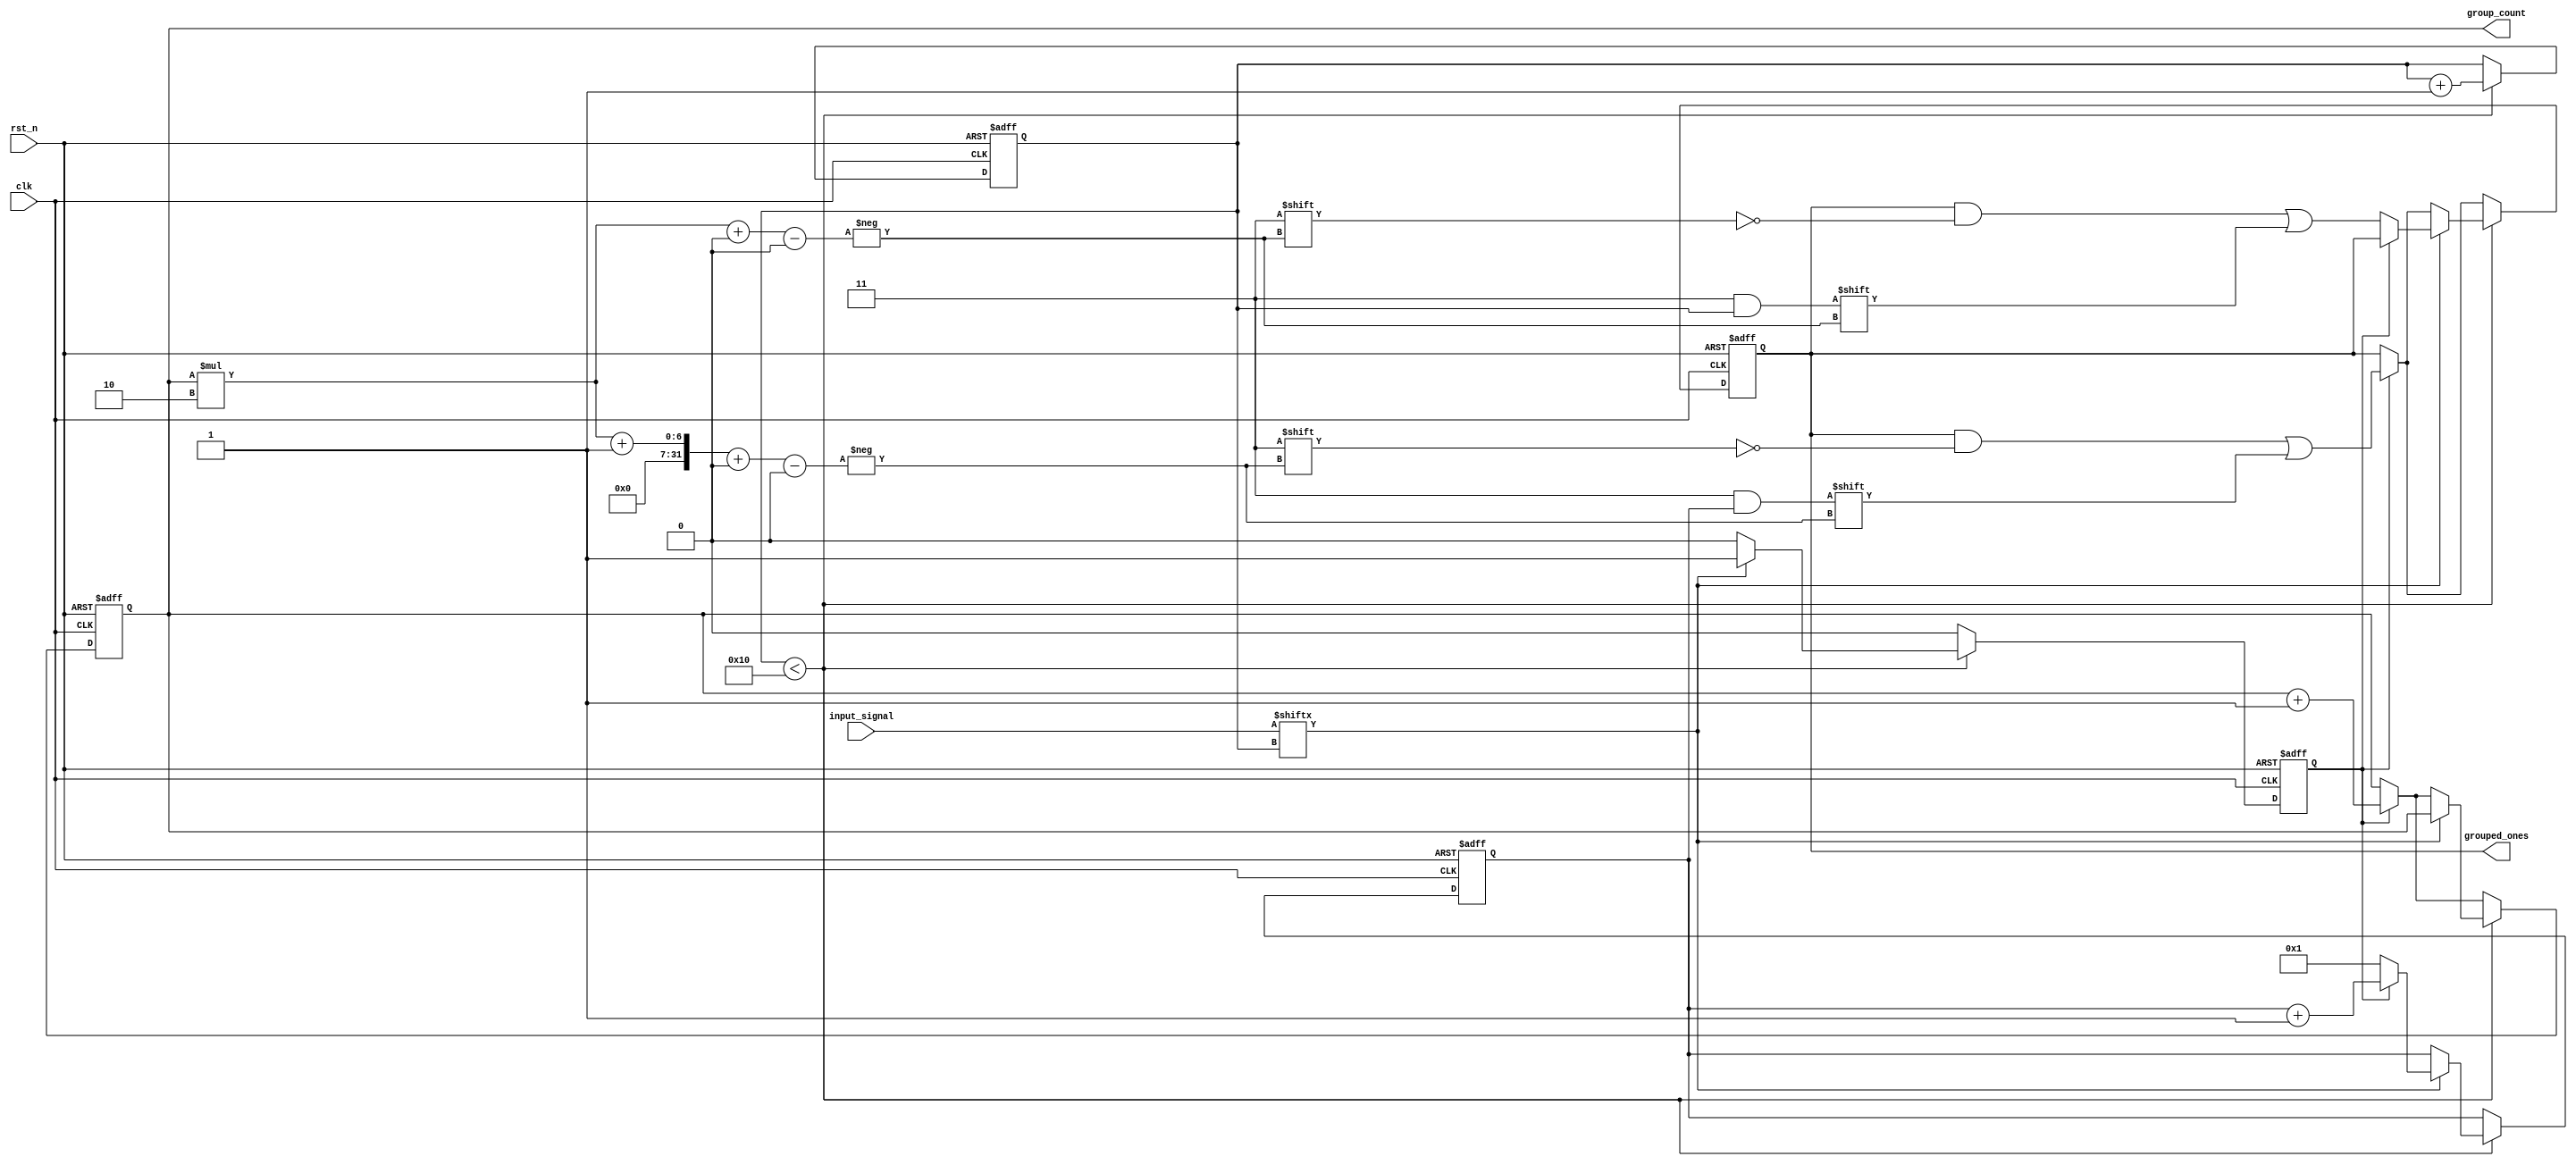
module grouping_of_ones #(
    parameter N = 16,          // Length of input signal
    parameter MAX_GROUPS = 8   // Maximum number of groups to output
)(
    input wire clk,            // Clock signal
    input wire rst_n,          // Active low reset signal
    input wire [N-1:0] input_signal, // Binary input signal
    output reg [2*MAX_GROUPS-1:0] grouped_ones, // Output for positions and lengths of groups
    output reg [3:0] group_count // Number of groups detected
);

    reg [3:0] count;           // Counter for the length of current group
    reg [3:0] index;           // Index for the current position in input_signal
    reg in_group;              // Flag to indicate if currently in a group of 1s

    always @(posedge clk or negedge rst_n) begin
        if (!rst_n) begin
            grouped_ones <= 0;
            group_count <= 0;
            count <= 0;
            index <= 0;
            in_group <= 0;
        end else begin
            // Reset output on first clock cycle
            if (index < N) begin
                if (input_signal[index] == 1'b1) begin
                    if (!in_group) begin
                        // Starting a new group
                        in_group <= 1;
                        count <= 1;
                        grouped_ones[group_count * 2 +: 2] <= index; // Store start index
                    end else begin
                        // Continuing the current group
                        count <= count + 1;
                    end
                end else begin
                    if (in_group) begin
                        // Ending the current group
                        in_group <= 0;
                        grouped_ones[group_count * 2 + 1 +: 2] <= count; // Store length of the group
                        group_count <= group_count + 1; // Increment group count
                    end
                end
                index <= index + 1; // Move to the next bit
            end else begin
                // Finalize the last group if ended with 1s
                if (in_group) begin
                    in_group <= 0;
                    grouped_ones[group_count * 2 + 1 +: 2] <= count; // Store length of the last group
                    group_count <= group_count + 1; // Increment group count
                end
            end
        end
    end
endmodule